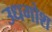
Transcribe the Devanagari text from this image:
उधगोश